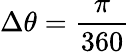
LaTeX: \Delta\theta=\frac{\pi}{360}